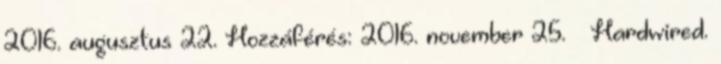
2016. augusztus 22. Hozzáférés: 2016. november 25. ↑ Hardwired.